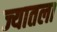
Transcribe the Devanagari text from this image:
ज्यातला